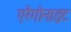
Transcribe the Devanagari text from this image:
एरेगोनाइट